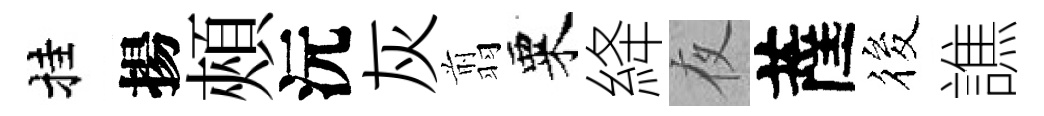
挂揚頰沅灰翦粟絳夜薩筱譙